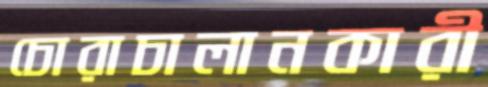
চোরাচালানকারী